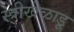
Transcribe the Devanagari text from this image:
स्त्रीखेळाडू